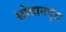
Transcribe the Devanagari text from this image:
सोदानपुरा